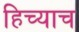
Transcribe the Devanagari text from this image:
हिच्याच